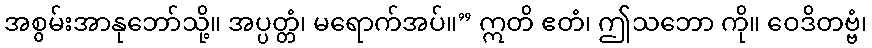
အစွမ်းအာနုဘော်သို့။ အပ္ပတ္တံ၊ မရောက်အပ်။” ဣတိ ဧတံ၊ ဤသဘော ကို။ ဝေဒိတဗ္ဗံ၊